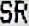
SR